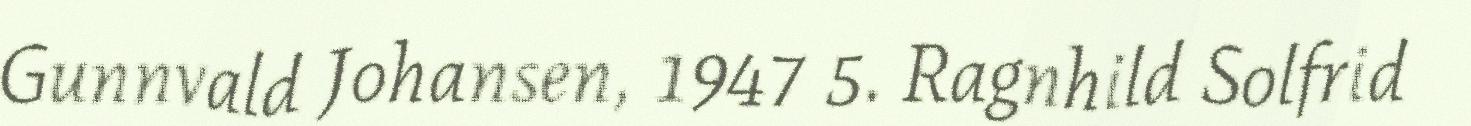
Gunnvald Johansen, 1947 5. Ragnhild Solfrid